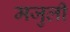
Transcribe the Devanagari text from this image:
मजुली